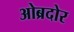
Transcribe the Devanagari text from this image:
ओब्रदोर